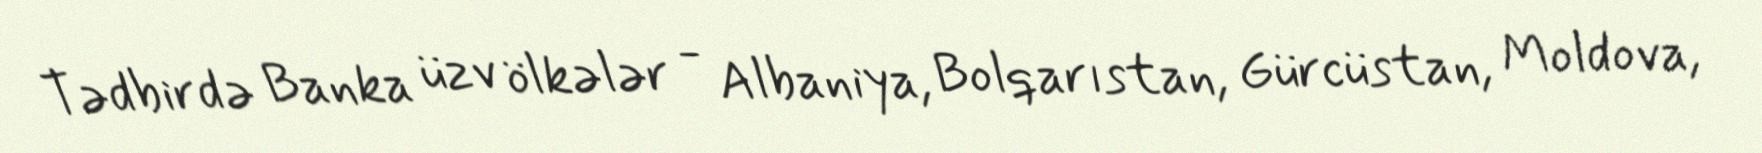
Tədbirdə Banka üzv ölkələr - Albaniya, Bolqarıstan, Gürcüstan, Moldova,